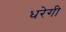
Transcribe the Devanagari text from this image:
धरेगी